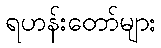
ရဟန်းတော်များ